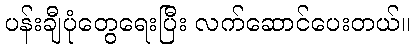
ပန်းချီပုံတွေရေးပြီး လက်ဆောင်ပေးတယ်။